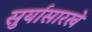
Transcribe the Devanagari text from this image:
सुर्यासारखे